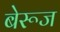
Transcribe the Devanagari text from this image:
बेरूज